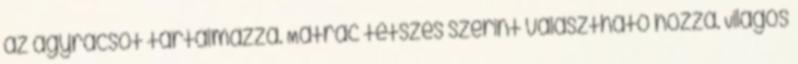
az ágyrácsot tartalmazza. Matrac tetszés szerint választható hozzá. Világos